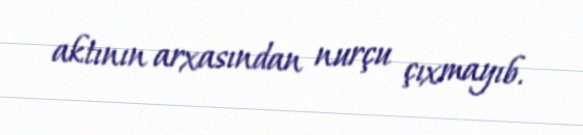
aktının arxasından nurçu çıxmayıb.